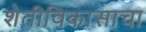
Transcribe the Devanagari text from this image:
शेतीविकासाचा